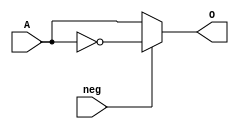
module NOT16(input [15:0] A, input neg, output [15:0] O);
	assign O = neg == 1 ? ~A : A;
endmodule